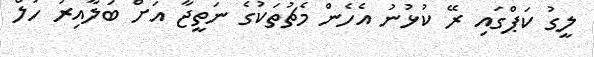
ލީގު ކަޕްގައި ރޭ ކުޅުނު އެހެން މެޗުތަކުގެ ނަތީޖާ އަށް ބަލާއިރު ހަލް